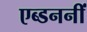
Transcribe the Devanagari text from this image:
एब्डननीं